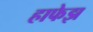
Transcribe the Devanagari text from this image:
हाफेझ